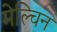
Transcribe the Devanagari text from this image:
मेल्चिन